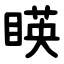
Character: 䁐